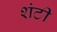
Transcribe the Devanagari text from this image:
शंटी